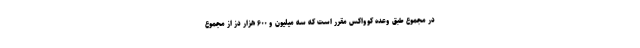
در مجموع طبق وعده کوواکس مقرر است که سه میلیون و ۶۰۰ هزار دز از مجموع